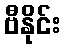
ဗီနိုင်း